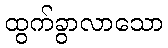
ထွက်ခွာလာသော